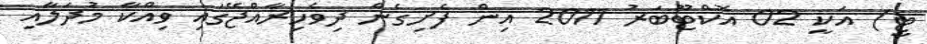
ޓީ) އަކީ 02 އޮކްޓޫބަރު 2011 އިން ފެށިގެން ދިވެހިރާއްޖޭގައި ވިއްކާ މުދަލާއި